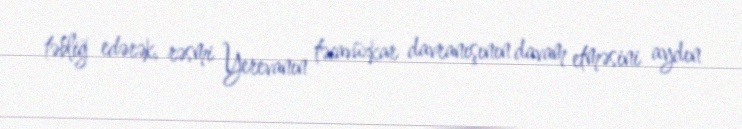
təbliğ edərək, rəsmi Yerevanın təcavüzkar davranışının davam etməsini aydın